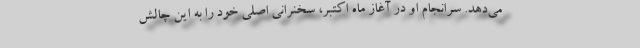
می‌دهد. سرانجام او در آغاز ماه اکتبر، سخنرانی اصلی خود را به این چالش